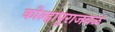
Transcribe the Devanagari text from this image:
कोल्हापुराजवळ